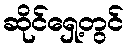
ဆိုင်ရှေ့တွင်